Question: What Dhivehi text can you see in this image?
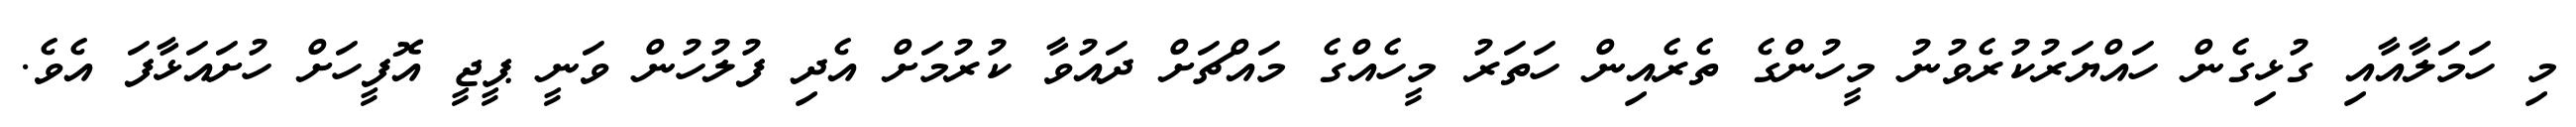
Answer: މި ހަމަލާއާއި ގުޅިގެން ހައްޔަރުކުރެވުނު މީހުންގެ ތެރެއިން ހަތަރު މީހެއްގެ މައްޗަށް ދައުވާ ކުރުމަށް އެދި ފުލުހުން ވަނީ ޕީޖީ އޮފީހަށް ހުށައަޅާފަ އެވެ.